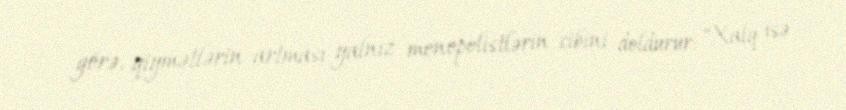
görə, qiymətlərin artması yalnız monopolistlərin cibini doldurur: “Xalq isə